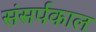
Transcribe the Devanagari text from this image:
संसर्पकाल